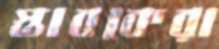
স্তাবকেরা